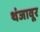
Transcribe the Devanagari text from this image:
थंजावूर